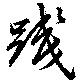
践